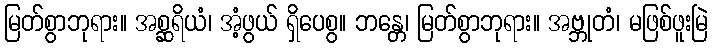
မြတ်စွာဘုရား။ အစ္ဆရိယံ၊ အံ့ဖွယ် ရှိပေစွ။ ဘန္တေ၊ မြတ်စွာဘုရား။ အဗ္ဘုတံ၊ မဖြစ်ဖူးမြဲ